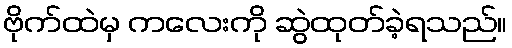
ဗိုက်ထဲမှ ကလေးကို ဆွဲထုတ်ခဲ့ရသည်။